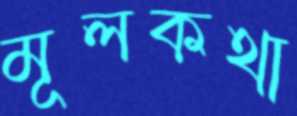
মূলকথা